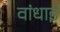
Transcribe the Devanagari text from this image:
वांधाई